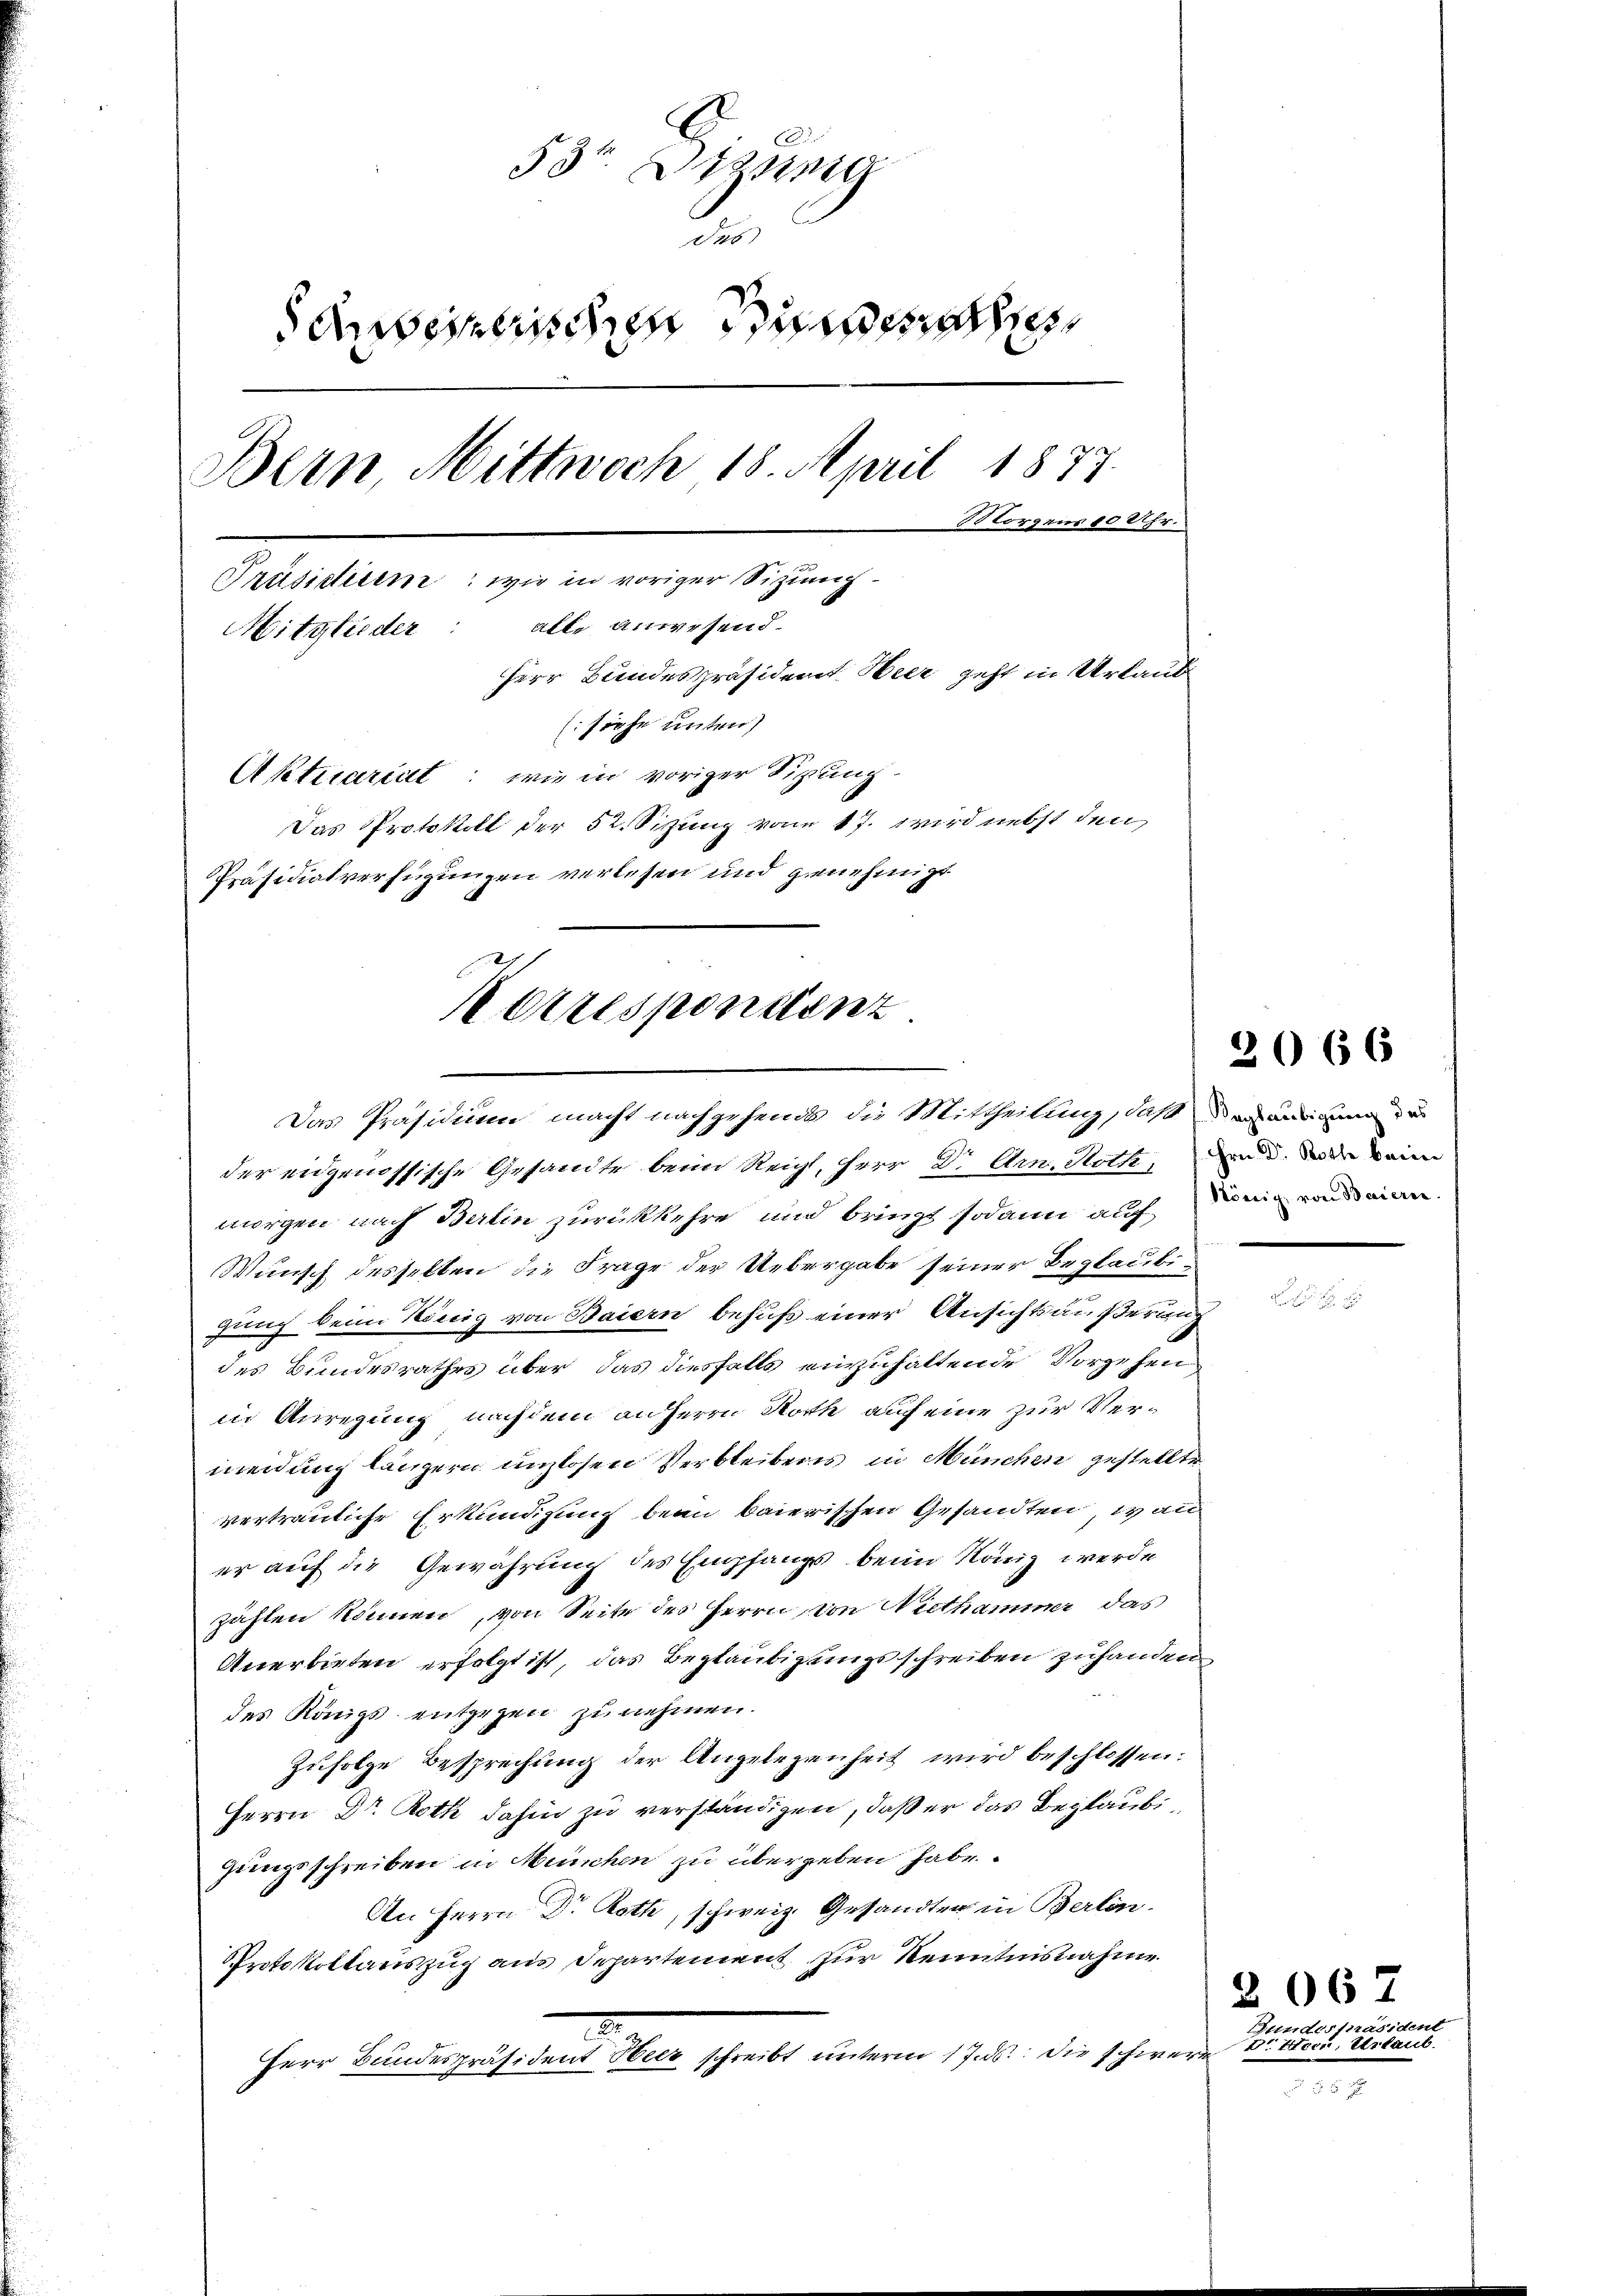
534. Dizung
des
aiserlischen Stundesh
Bern Mittwoch 18. April 1877.
Morgens 1 Uhr.
Präsidium: wie in voriger Sizungalle anwesend.
Mitglieder:
Herr Bundespräsident. Heer geht in Urlaub
(siehe unter
Aktuariret: wie in voriger Sitzung.
Das Protokoll der 52. Sitzung von 17. wird nebst den
Präsidialverfügungen verlesen und genehmigt

Korrespondenz.
Das Präsidium macht nachgehends die Mittheilung, daß an angen de

der eidgenössische Gesandte beim Reicht, Herr Dr. Arn. Roth, und der keine
morgen nach Berlin zurückkehre und bringt sodann auch Dein vnd man
Wunsch desselben die Frage der Uebergabe seiner Beglaubi
gung beim König von Baiern behuf einer Ansichtsäußerung
des Bundesrathes über das diesfalls einzuhaltende Vorgehen
in Anregung nachdem anherrn Roth auf eine zur Vermeidung längern unzlosen Verbleibens in München gestellte
vertrauliche Erkundigung beim baierischen Gesandten, wan
er auf die Gewährung des Empfangs beim König werde
zählen können, von Seite des Herrn von Niethammer das
Anerbieten erfolgt ist, das Beglaubigungsschreiben zuhanden
des Königs entgegen zu nehmen.
Zufolge Besprechung der Angelegenheit wird beschlossen:
Herrn Dr. Roth dahin zu verständigen, daß er das Beglaubigungsschreiben in München zu übergeben habe.
An Herrn Dr. Roth, schweiz. Gesandter in Berlin.
Protokollauszug aus Departement zur Kenntnisnahme
.
Herr Bundespräsident Heer schreibt unterm 17. ds. die schwere Dr. Peci, Urlaub.

2066

Bundespräsident

2067